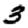
Digit: 3